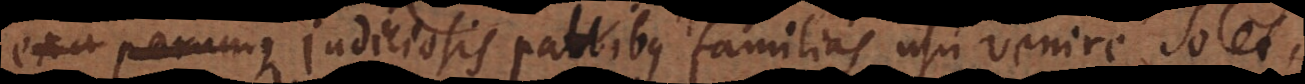
sed parum judiciosis patribus familias usu venire solet,